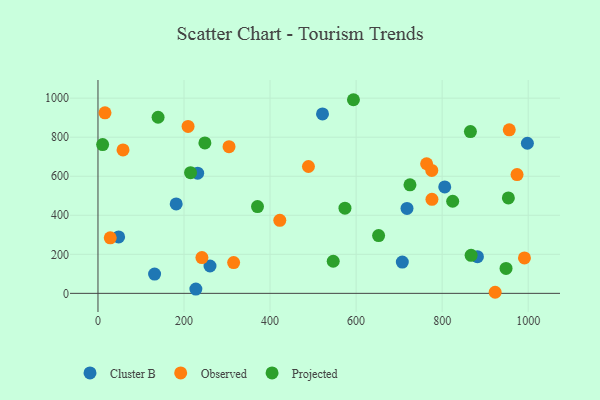
{"axis": {"x": "Ad Spend", "y": "Rating"}, "legend": ["Cluster B", "Observed", "Projected"], "data": [{"x": "131.6", "y": 98.9, "type": "Cluster B"}, {"x": "260.4", "y": 140.2, "type": "Cluster B"}, {"x": "227.5", "y": 22.0, "type": "Cluster B"}, {"x": "806.0", "y": 545.0, "type": "Cluster B"}, {"x": "181.8", "y": 458.1, "type": "Cluster B"}, {"x": "882.0", "y": 187.9, "type": "Cluster B"}, {"x": "718.3", "y": 434.9, "type": "Cluster B"}, {"x": "231.7", "y": 615.8, "type": "Cluster B"}, {"x": "48.0", "y": 289.0, "type": "Cluster B"}, {"x": "521.9", "y": 919.2, "type": "Cluster B"}, {"x": "707.4", "y": 160.1, "type": "Cluster B"}, {"x": "998.1", "y": 768.9, "type": "Cluster B"}, {"x": "209.4", "y": 855.4, "type": "Observed"}, {"x": "304.6", "y": 751.5, "type": "Observed"}, {"x": "956.0", "y": 837.7, "type": "Observed"}, {"x": "28.5", "y": 284.3, "type": "Observed"}, {"x": "763.9", "y": 664.1, "type": "Observed"}, {"x": "974.1", "y": 608.4, "type": "Observed"}, {"x": "775.9", "y": 629.9, "type": "Observed"}, {"x": "16.3", "y": 925.0, "type": "Observed"}, {"x": "923.2", "y": 5.5, "type": "Observed"}, {"x": "315.3", "y": 157.8, "type": "Observed"}, {"x": "776.3", "y": 481.6, "type": "Observed"}, {"x": "58.2", "y": 734.9, "type": "Observed"}, {"x": "422.6", "y": 374.0, "type": "Observed"}, {"x": "991.3", "y": 181.6, "type": "Observed"}, {"x": "241.6", "y": 183.1, "type": "Observed"}, {"x": "489.2", "y": 649.9, "type": "Observed"}, {"x": "867.3", "y": 194.6, "type": "Projected"}, {"x": "546.8", "y": 164.4, "type": "Projected"}, {"x": "652.3", "y": 296.1, "type": "Projected"}, {"x": "10.8", "y": 762.2, "type": "Projected"}, {"x": "593.8", "y": 992.0, "type": "Projected"}, {"x": "948.5", "y": 127.6, "type": "Projected"}, {"x": "865.7", "y": 828.7, "type": "Projected"}, {"x": "953.9", "y": 489.0, "type": "Projected"}, {"x": "139.7", "y": 902.1, "type": "Projected"}, {"x": "248.5", "y": 770.6, "type": "Projected"}, {"x": "370.8", "y": 444.8, "type": "Projected"}, {"x": "725.2", "y": 556.2, "type": "Projected"}, {"x": "824.5", "y": 471.9, "type": "Projected"}, {"x": "574.1", "y": 436.2, "type": "Projected"}, {"x": "215.2", "y": 618.4, "type": "Projected"}]}